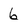
Character: 6